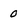
Character: 0